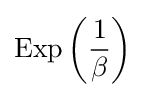
\operatorname {Exp} \left({\frac {1}{\beta }}\right)